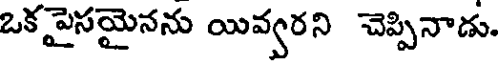
ఒకపైసయైనను యివ్వరని చెప్పినాడు.